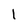
Character: l